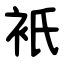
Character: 衹